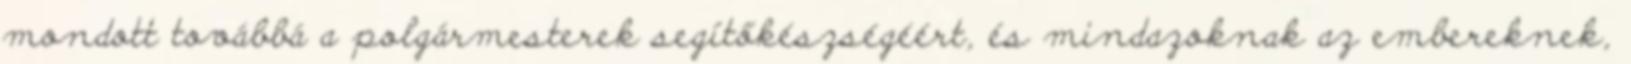
mondott továbbá a polgármesterek segítőkészségéért, és mindazoknak az embereknek,